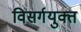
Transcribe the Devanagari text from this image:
विसर्गयुक्त